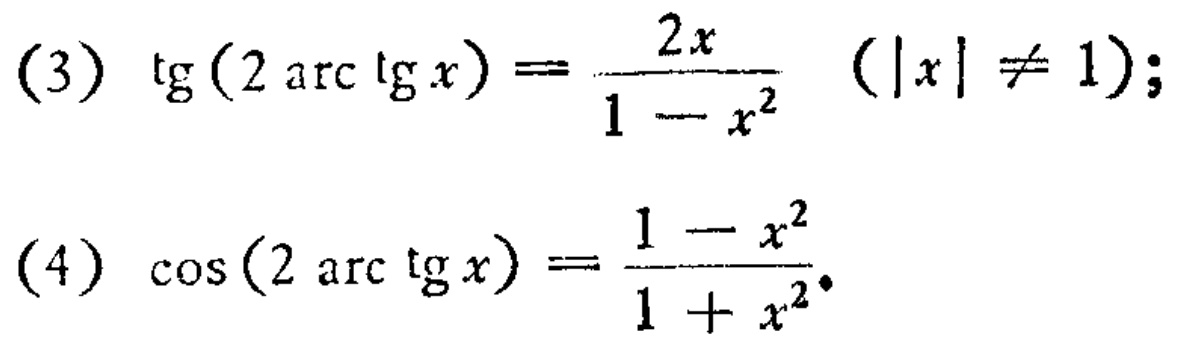
(3) \(\mathrm{tg}(2\arctan x)=\frac{2x}{1 - x^{2}}\ (\vert x\vert\neq 1)\);
(4) \(\cos(2\arctan x)=\frac{1 - x^{2}}{1 + x^{2}}\)